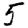
Digit: 5